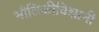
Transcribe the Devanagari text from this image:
भौतिकीविज्ञानी